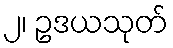
၂၊ ဥဒယသုတ်